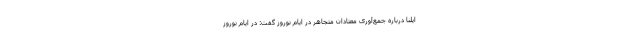
ایلنا درباره جمع‌آوری معتادان متجاهر در ایام نوروز گفت: در ایام نوروز